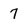
Character: 7